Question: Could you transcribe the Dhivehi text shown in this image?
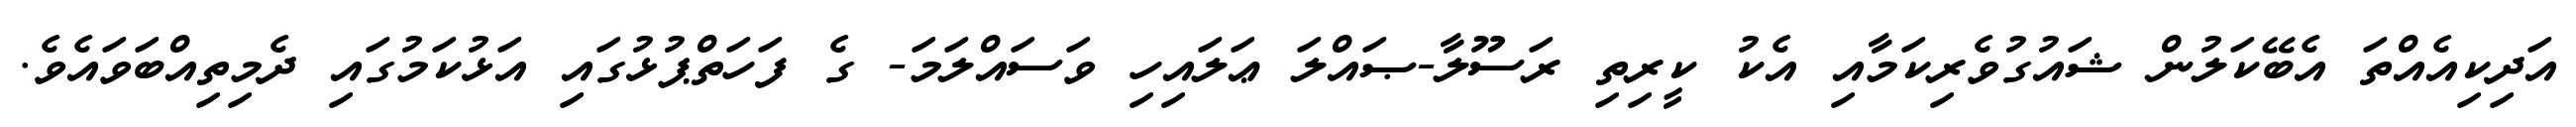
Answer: އަދިކިއެއްތަ އެބޭކަލުން ޝައުގުވެރިކަމާއި އެކު ކީރިތި ރަސޫލާ-ޞައްލަ ޢަލައިހި ވަސައްލަމަ- ގެ ފަހަތްޕުޅުގައި އަޅުކަމުގައި ދެމިތިއްބަވައެވެ.